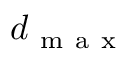
d _ { \mathrm { ~ m ~ a ~ x ~ } }